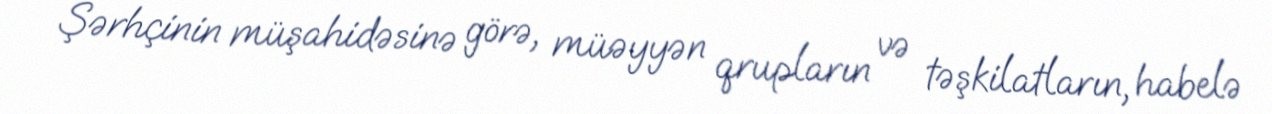
Şərhçinin müşahidəsinə görə, müəyyən qrupların və təşkilatların, habelə